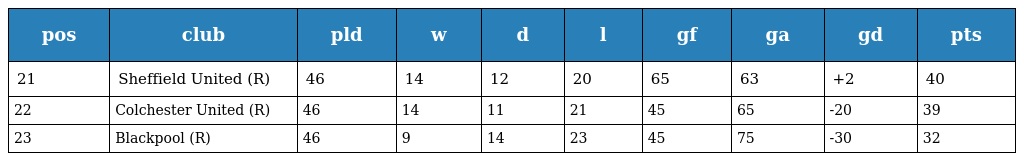
| pos | club | pld | w | d | l | gf | ga | gd | pts |
 | --- | --- | --- | --- | --- | --- | --- | --- | --- | --- |
 | 21 | Sheffield United (R) | 46 | 14 | 12 | 20 | 65 | 63 | +2 | 40 |
 | 22 | Colchester United (R) | 46 | 14 | 11 | 21 | 45 | 65 | -20 | 39 |
 | 23 | Blackpool (R) | 46 | 9 | 14 | 23 | 45 | 75 | -30 | 32 |